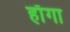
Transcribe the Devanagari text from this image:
हाँगा